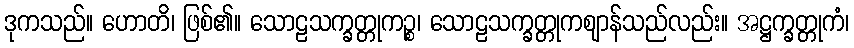
ဒုကသည်။ ဟောတိ၊ ဖြစ်၏။ သောဠသက္ခတ္တုကဉ္စ၊ သောဠသက္ခတ္တုကဈာန်သည်လည်း။ အဋ္ဌက္ခတ္တုကံ၊